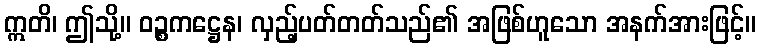
ဣတိ၊ ဤသို့။ ဝဉ္စကဋ္ဌေန၊ လှည့်ပတ်တတ်သည်၏ အဖြစ်ဟူသော အနက်အားဖြင့်။